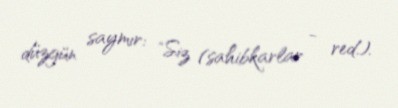
düzgün saymır: "Siz (sahibkarlar - red.).